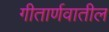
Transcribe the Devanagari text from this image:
गीतार्णवातील